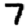
Digit: 7